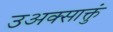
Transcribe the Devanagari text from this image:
उअक्साक्तुं